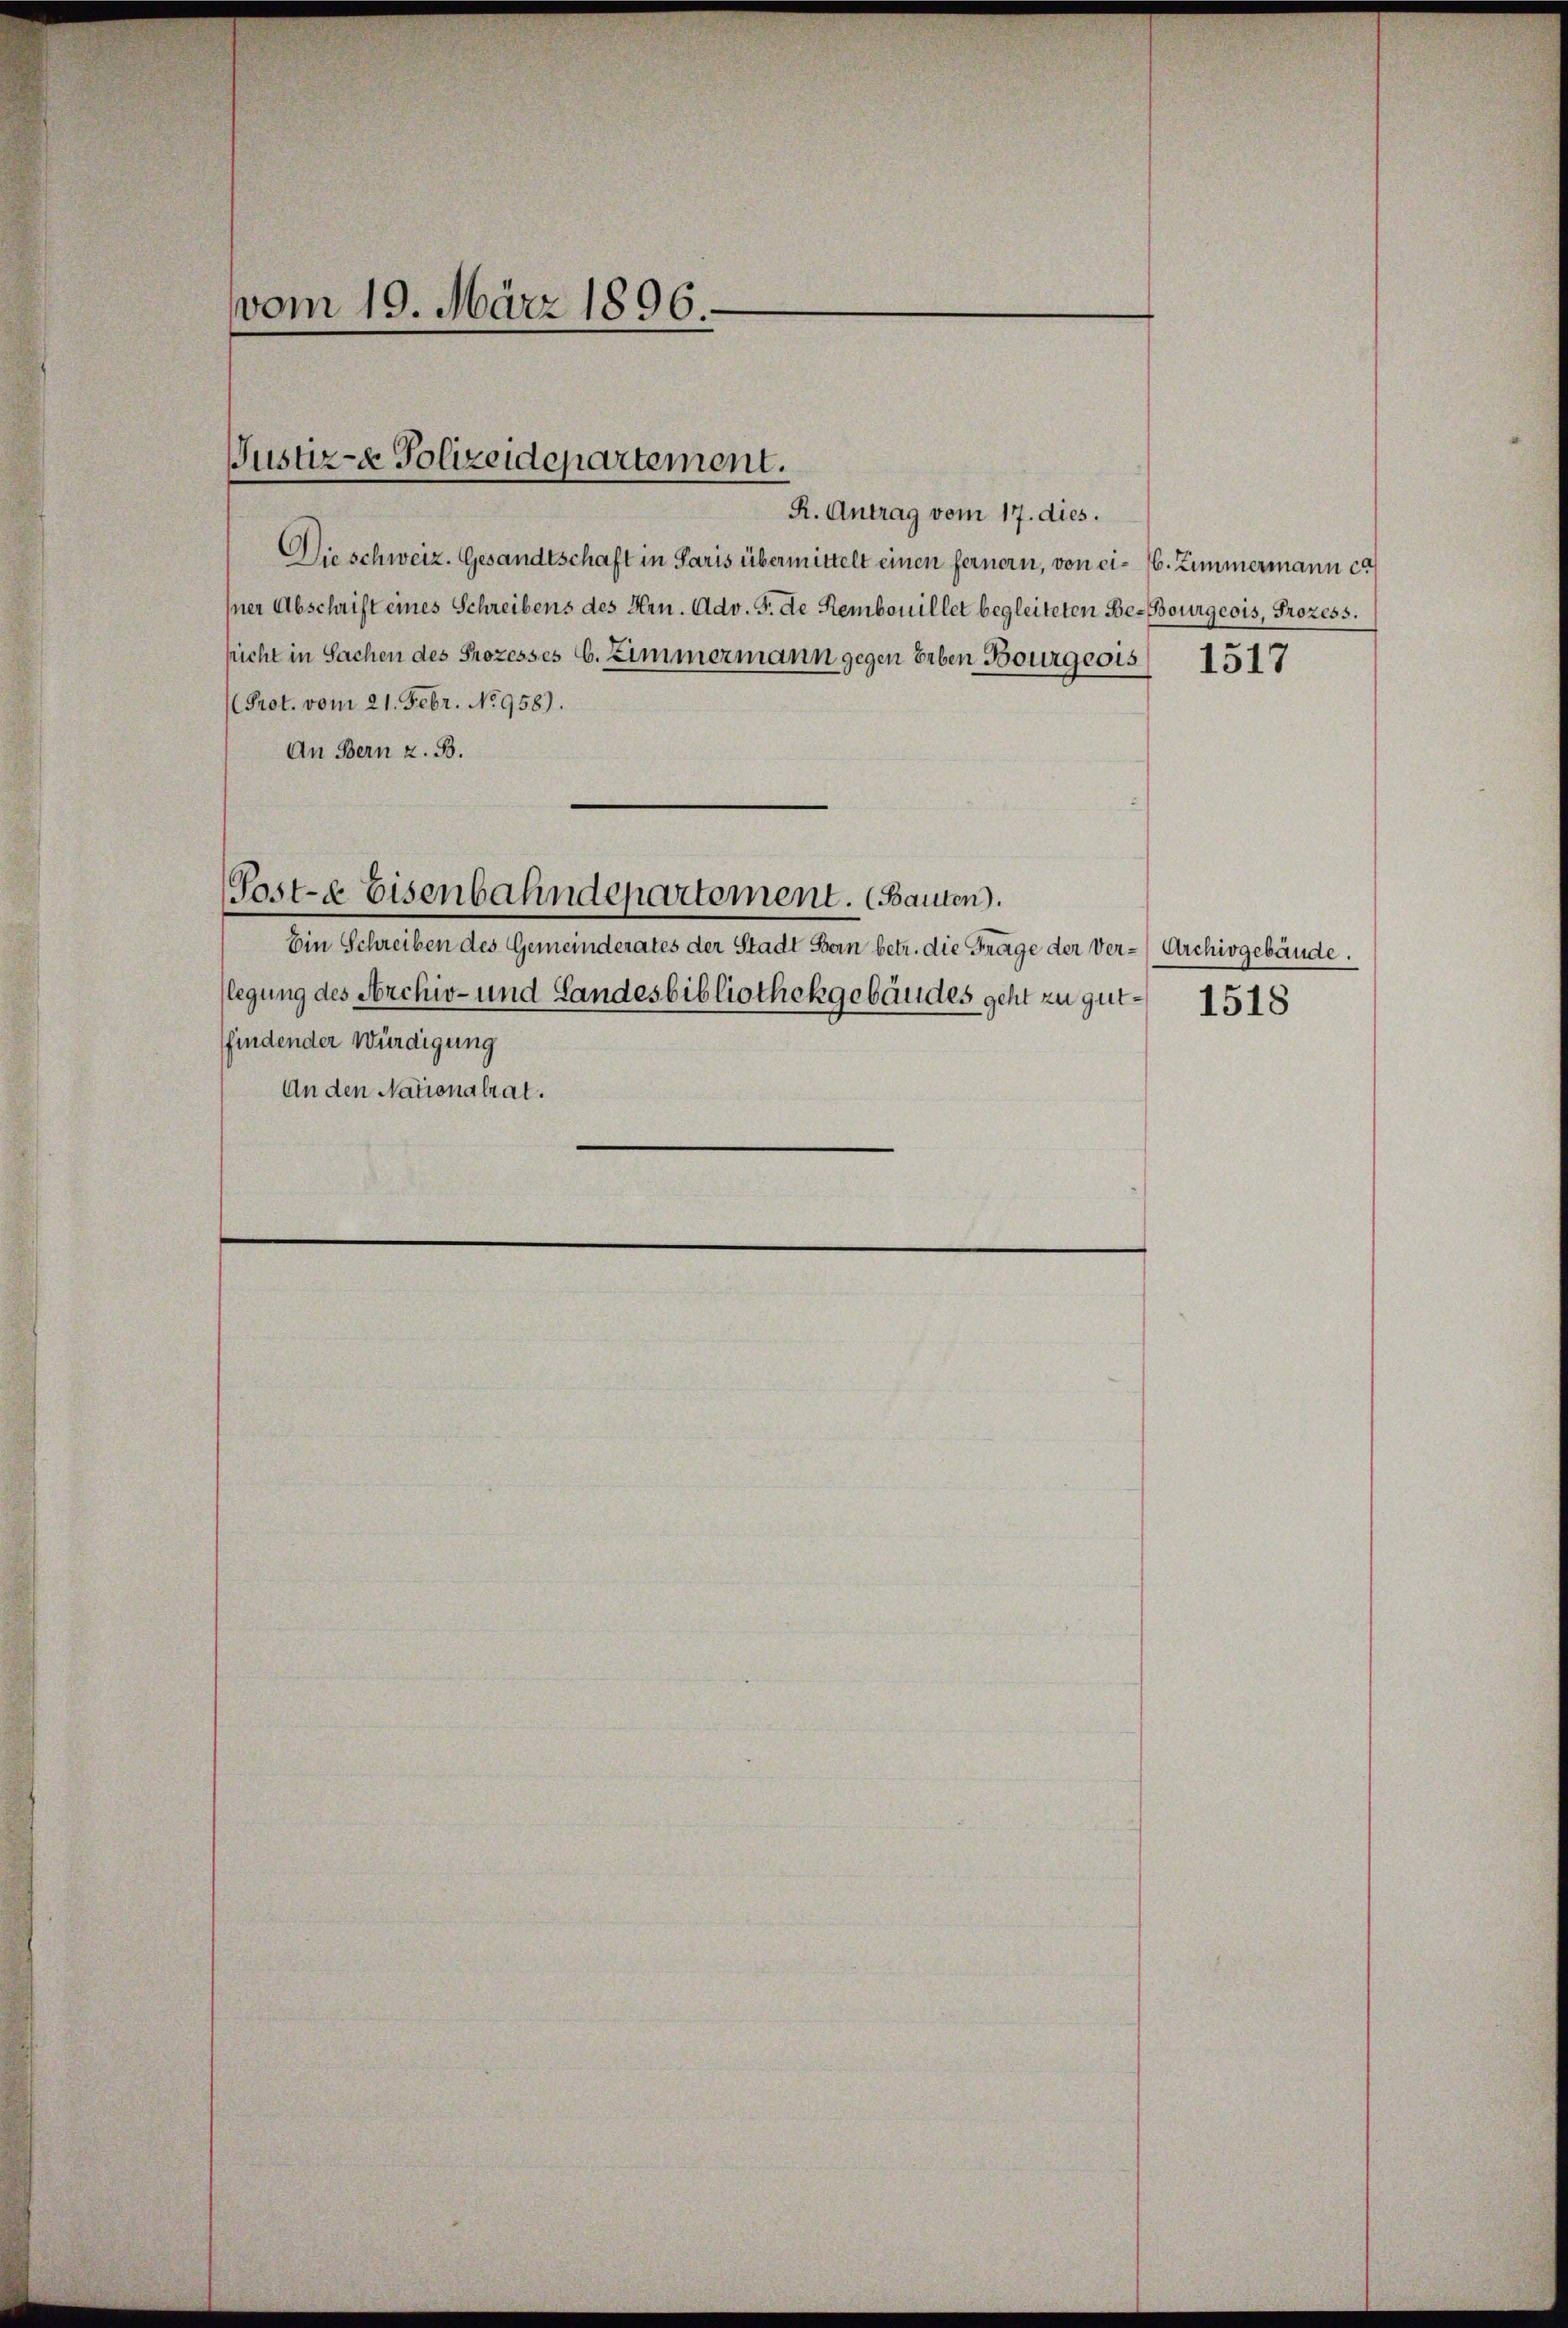
vom 19. März 1896

Justiz- & Polizeidepartement.

R. Antrag vom 17. dies.
Die schweiz. Gesandtschaft in Paris übermittelt einen fernern, von ei- 16. Zimmermann ca
hner Abschrift eines Schreibens des Hrn. Adv. 5. de Rembouillet begleiteten Be- Bourgeois, Prozess.
picht in Sachen des Prozesses C. Zimmermann gegen Erben Bourgeois 1517
Prot. vom 21. Febr. No 958).
An Bern z. B.
e
Post-E Eisenbahndepartement. (Bauten.
Ein Schreiben des Gemeinderates der Stadt Bern betr. die Frage der Ver-Archivgebäude.
(legung des Archiv- und Landesbibliothekgebäudes geht zu gut- 1518
ffindender Würdigung
An den Nationalrat.